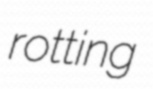
rotting